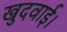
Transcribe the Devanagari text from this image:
खुदवाई।